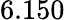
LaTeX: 6.150